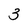
Character: 3